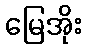
မြေအိုး